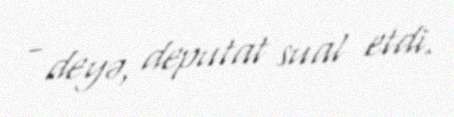
- deyə, deputat sual etdi.